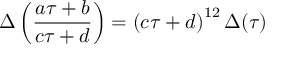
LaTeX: \Delta \left( { \frac { a \tau + b } { c \tau + d } } \right) = \left( c \tau + d \right) ^ { 1 2 } \Delta ( \tau )